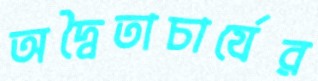
অদ্বৈতাচার্যের